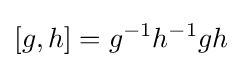
[g,h]=g^{-1}h^{-1}gh